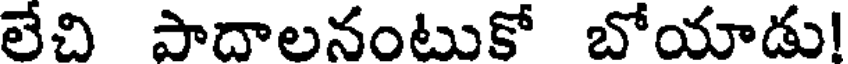
లేచి పాదాలనంటుకో బోయాడు!